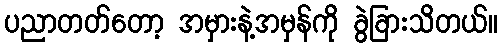
ပညာတတ်တော့ အမှားနဲ့အမှန်ကို ခွဲခြားသိတယ်။